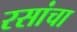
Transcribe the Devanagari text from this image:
रसांचा